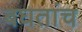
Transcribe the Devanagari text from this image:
बघतांच